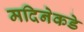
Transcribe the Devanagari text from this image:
मदिनेकडे